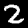
Digit: 2